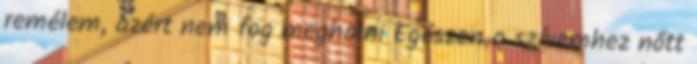
remélem, azért nem fog meghalni Egészen a szívemhez nőtt